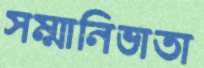
সম্মানিভাতা